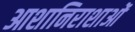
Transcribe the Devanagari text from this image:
आशानिराशाओं